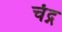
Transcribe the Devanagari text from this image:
चंद्न